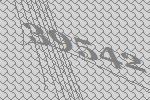
39542